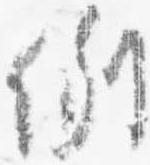
例